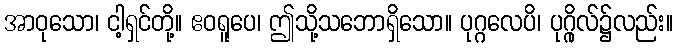
အာဝုသော၊ ငါ့ရှင်တို့။ ဧဝရူပေ၊ ဤသို့သဘောရှိသော။ ပုဂ္ဂလေပိ၊ ပုဂ္ဂိုလ်၌လည်း။